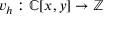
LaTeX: v _ { h } : \mathbb { C } [ x , y ] \to \mathbb { Z }